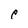
Character: p